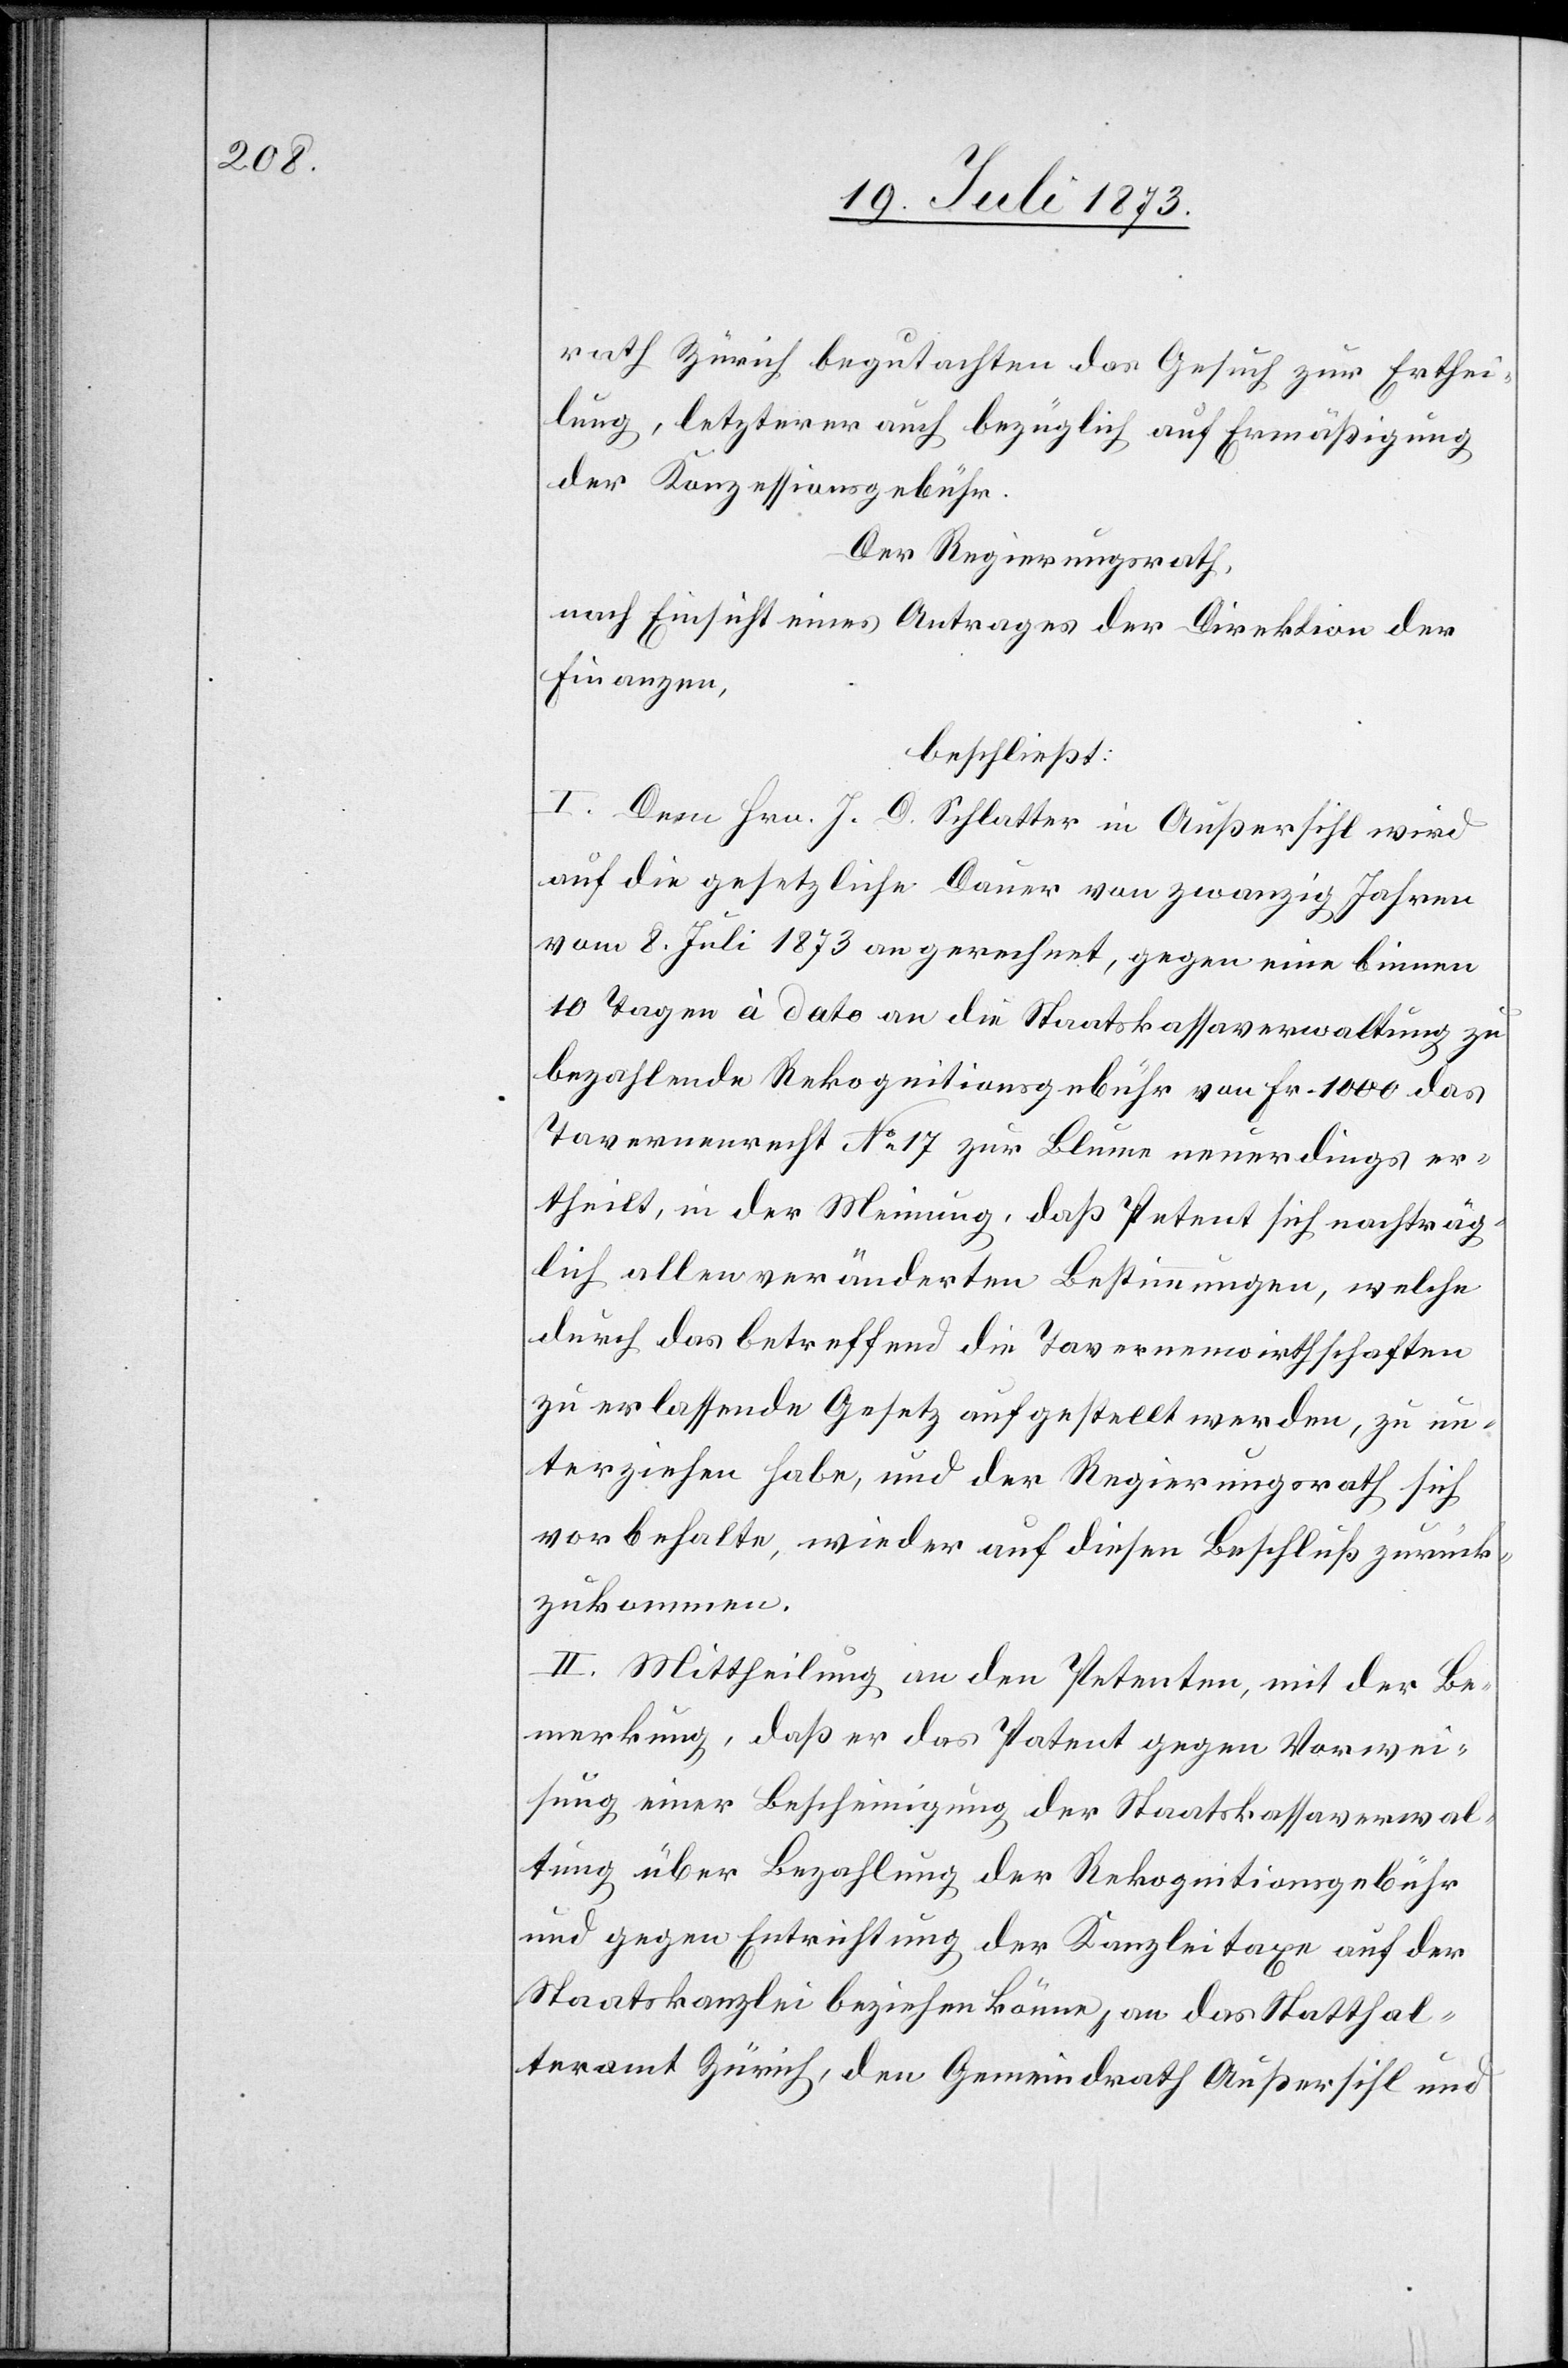
rath Zürich begutachten das Gesuch zur Erthei¬
lung, letzterer auch bezüglich auf Ermäßigung
der Konzessionsgebühr.
Der Regierungsrath,
nach Einsicht eines Antrages der Direktion der
Finanzen,
beschließt:
I. Dem Hrn. J. D. Schlatter in Außersihl wird
auf die gesetzliche Dauer von zwanzig Jahren
vom 8. Juli 1873 an gerechnet, gegen eine binnen
10 Tagen à dato an die Staatskassaverwaltung zu
bezahlende Rekognitionsgebühr von Fr. 1 000 das
Tavernenrecht No 17 zur Blume neuerdings er¬
theilt, in der Meinung, daß Petent sich nachträg¬
lich allen veränderten Bestimmungen, welche
durch das betreffend die Tavernenwirthschaften
zu erlassende Gesetz aufgestellt werden, zu un¬
terziehen habe, und der Regierungsrath sich
vorbehalte, wieder auf diesen Beschluß zurück¬
zukommen.
II. Mittheilung an den Petenten, mit der Be¬
merkung, daß er das Patent gegen Vorwei¬
sung einer Bescheinigung der Staatskassaverwal¬
tung über Bezahlung der Rekognitionsgebühr
und gegen Entrichtung der Kanzleitaxe auf der
Staatskanzlei beziehen könne, an das Statthal¬
teramt Zürich, den Gemeindrath Außersihl und